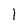
Character: 1